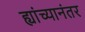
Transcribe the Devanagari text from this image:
ह्यांच्यानंतर